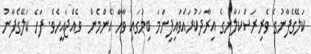
ކަލޭގެފާނުގެ ވެރިރަސްކަލާނގެ އިރާދަކުރައްވައިފިނަމަ ބިމުގައި ވާހާ އެންމެން  ވެއްޖައީހެވެ. ފަހެ ކަލޭގެފާނު